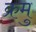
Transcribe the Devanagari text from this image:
क्रमु